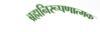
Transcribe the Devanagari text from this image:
ब्रह्मनिरूपणात्मक